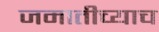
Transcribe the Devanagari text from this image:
जमातीच्याच